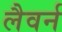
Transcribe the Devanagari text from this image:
लैवर्न